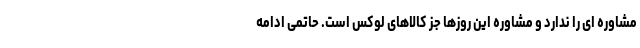
مشاوره ای را ندارد و مشاوره این روزها جز کالاهای لوکس است. حاتمی ادامه